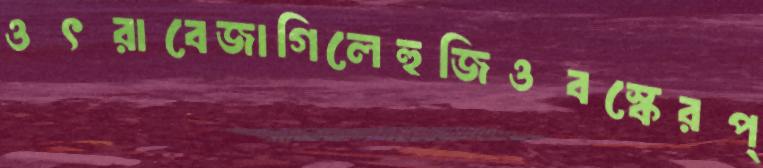
ওৎরাবেজাগিলেহুজিওবস্কেরপ্